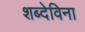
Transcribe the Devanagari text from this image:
शब्देविना